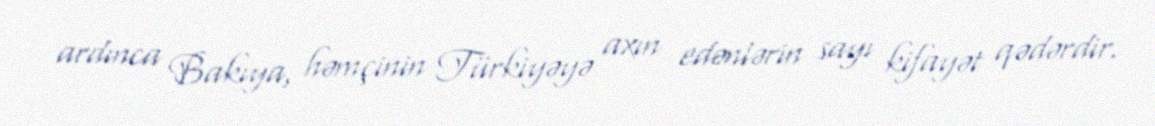
ardınca Bakıya, həmçinin Türkiyəyə axın edənlərin sayı kifayət qədərdir.